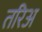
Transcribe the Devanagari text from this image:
तरिअ